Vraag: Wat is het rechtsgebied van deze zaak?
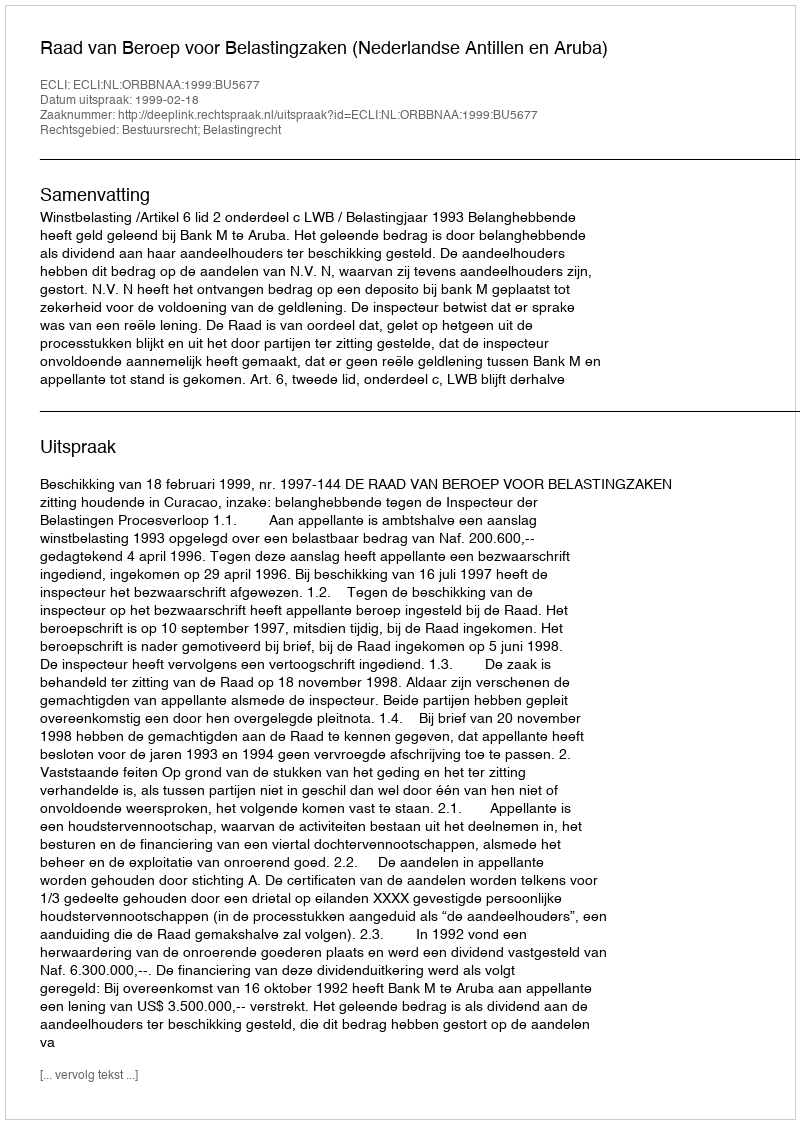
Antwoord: Bestuursrecht; Belastingrecht